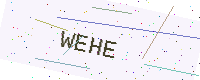
Text: WEHE